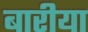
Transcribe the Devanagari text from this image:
बारीया